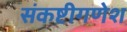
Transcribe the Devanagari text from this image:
संकष्टीगणेश